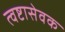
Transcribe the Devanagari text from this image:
त्वष्टासेवक